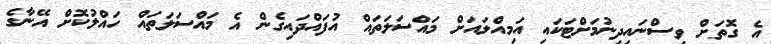
އެ ގޮތަށް ވިސްނައިދިނުމަށްޓަކައި އަމިއްލައަށް މައްސަލަތައް އުފައްދައިގެން އެ މައްސަލަތައް ހައްލުކޮށް އޭނާގެ